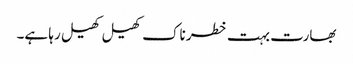
بھارت بہت خطرناک کھیل کھیل رہا ہے۔